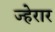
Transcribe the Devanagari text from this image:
ज्हेरार